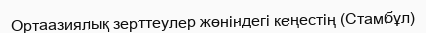
Ортаазиялық зерттеулер жөніндегі кеңестің (Стамбұл)